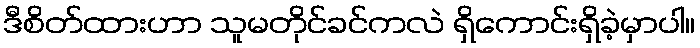
ဒီစိတ်ထားဟာ သူမတိုင်ခင်ကလဲ ရှိကောင်းရှိခဲ့မှာပါ။